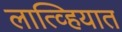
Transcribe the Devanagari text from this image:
लात्व्हियात